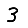
Digit: 3